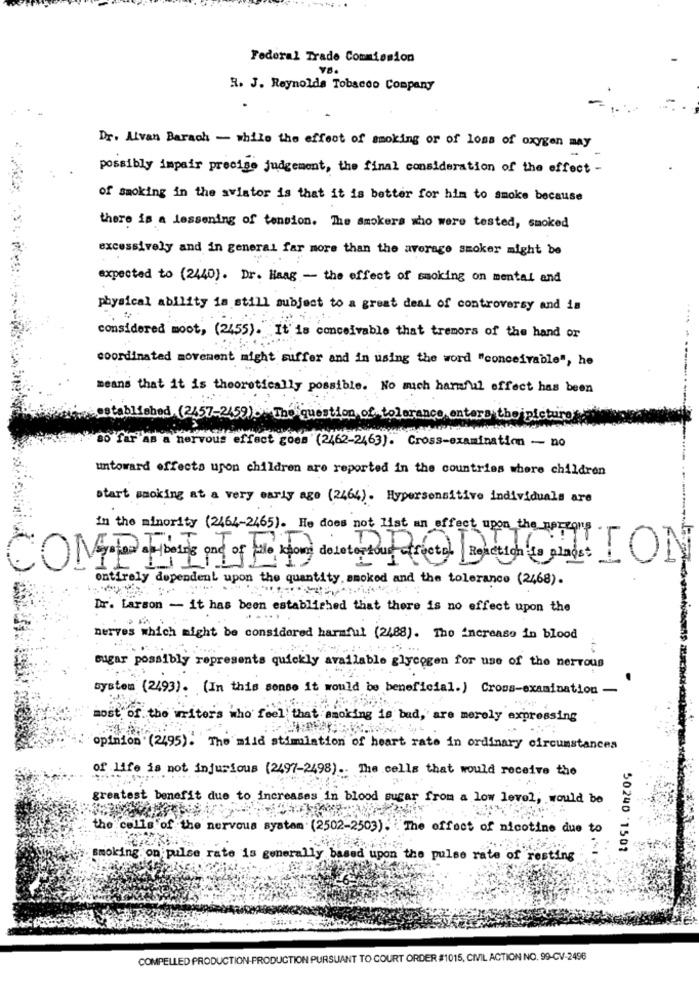
Federal Trade Commission
R. J. Reynolds Tobacco Company
Dr. Alvan Barach - while the effect of smoking or of loss of oxygen may
possibly impair precise judgement, the final consideration of the effect -
of smoking in the aviator is that it is better for him to smoke because
there is a lessening of tension. The smokers who were tested, smoked
excessively and in general far more than the average smoker might be
expected to (2440). Dr. Haag - the effect of smoking on mental and
physical ability in still subject to a great deal of controversy and in
considered moot, (24,55). It is conceivable that tremors of the hand or
coordinated movement might suffer and in using the word "conceivable", he
means that it is theoretically possible. No much harmful effect has been
established (2457-2459). The question of tolerance enters the picture
*80 far As a nervous effect goes (2462-2463). Cross-examination - no
untoward effects upon children are reported in the countries where children
start smoking at a very early age (2464). Hypersensitive individuals are
in the minority (2464-2465). He does not List an effect upon the porcoup
entirely dependent upon the quantity, smoked and the tolerance (2468).
Dr. Larson - it has been established that there is no effect upon the
nerves which might be considered harmful (2488). The increase in blood
sugar possibly represents quickly available glycogen for use of the nervous
system (24,93). (In this sense it would be beneficial.) Cross-examination -
most of the writers who feel that smoking is bad, are merely expressing
opinion (2495). The mild stimulation of heart rate in ordinary circumstances
of life is not injurious (2497-2498) .. The cells that would receive the
greatest benefit due to increases in blood sugar from a low level, would be
the cells of the nervous system (2502-2503). The effect of nicotine due to
3 .
50240 '1502
smoking on pulse rate is generally based upon the pulse rate of resting
COMPELLED PRODUCTION-PRODUCTION PURSUANT TO COURT ORDER #1015, CIVIL ACTION NO. 99-CV-2496